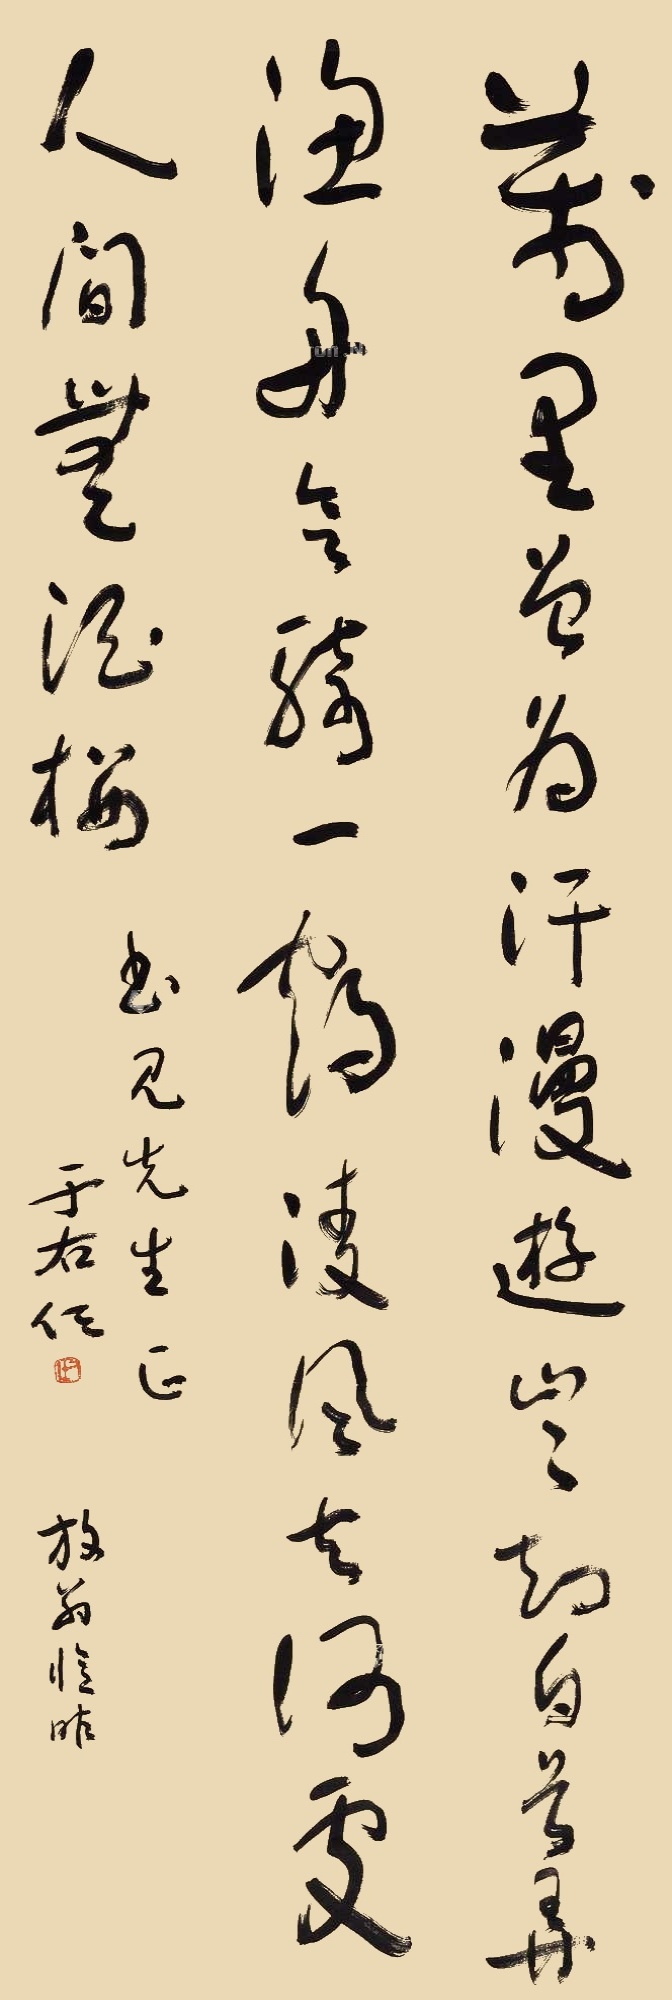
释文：万里曾为汗漫游，岂知白首弄渔舟。会骑一鹤凌风去，何处人间无酒楼。书见先生正，于右任。